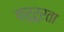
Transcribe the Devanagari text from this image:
क्रूरूरता